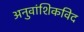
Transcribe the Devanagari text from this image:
अनुवांशिकविद